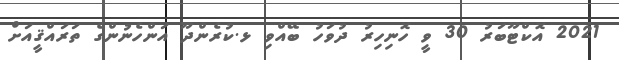
2021 އޮކްޓޫބަރު 30 ވީ ހޮނިހިރު ދުވަހު ބޭއްވި ޅ.ކުރެންދޫ އަންހެނުންގެ ތަރައްޤީއަށް